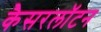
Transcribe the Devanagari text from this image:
कैसरलॉटन